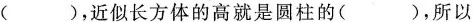
( )，近似长方体的高就是圆柱的( )，所以